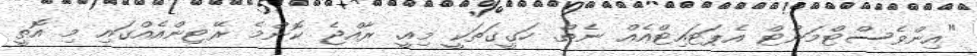
"އިންވެސްޓްމަންޓް އެޕަޓައިޓްއެއް ނެތް. ހަގީގަތަކީ މިއީ. ރާއްޖެ ކޮންމެ ރޭޓިންއެއްގައި މި އޮތީ